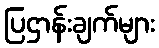
ပြဌာန်းချက်များ